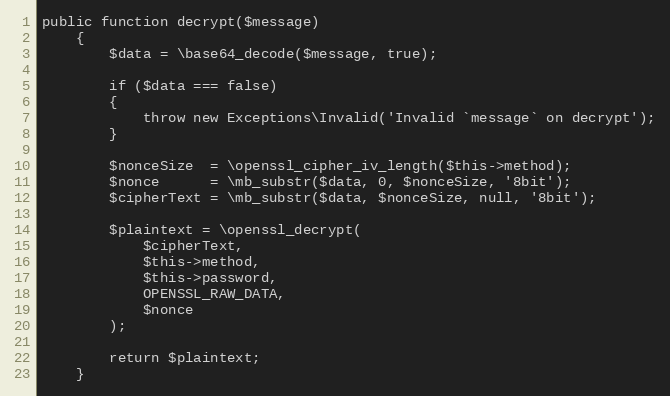
Language: PHP
public function decrypt($message)
    {
        $data = \base64_decode($message, true);

        if ($data === false)
        {
            throw new Exceptions\Invalid('Invalid `message` on decrypt');
        }

        $nonceSize  = \openssl_cipher_iv_length($this->method);
        $nonce      = \mb_substr($data, 0, $nonceSize, '8bit');
        $cipherText = \mb_substr($data, $nonceSize, null, '8bit');

        $plaintext = \openssl_decrypt(
            $cipherText,
            $this->method,
            $this->password,
            OPENSSL_RAW_DATA,
            $nonce
        );

        return $plaintext;
    }